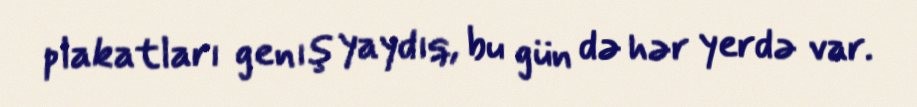
plakatları genış yaydıq, bu gün də hər yerdə var.